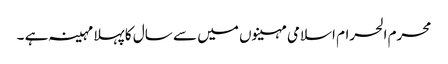
محرم الحرام اسلامی مہینوں میں سے سال کا پہلا مہینہ ہے ۔